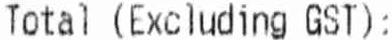
TOTAL (EXCLUDING GST):